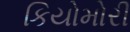
કિયોમોરી